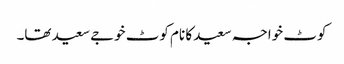
کوٹ خواجہ سعید کا نام کوٹ خوجے سعید تھا۔